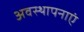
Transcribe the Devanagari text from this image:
अवस्थापनाएं